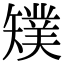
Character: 𥐁